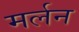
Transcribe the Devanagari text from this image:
मर्लन